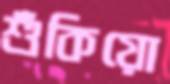
শুঁকিয়ো